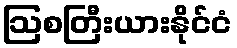
ဩစတြီးယားနိုင်ငံ